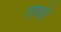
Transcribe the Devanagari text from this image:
एवारे